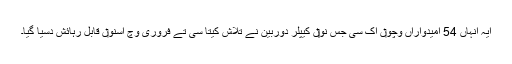
ایہ انہاں 54 امیدواراں وچو‏ں اک سی جس نو‏‏ں کیپلر دوربین نے تلاش کیتا سی تے فروری وچ اسنو‏ں قابل رہائش دسیا گیا۔